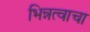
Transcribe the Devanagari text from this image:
भिन्नत्वाचा